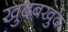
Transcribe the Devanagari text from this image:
खुदबखुद